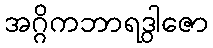
အဂ္ဂိကဘာရဒွါဇော